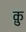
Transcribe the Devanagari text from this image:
कु़